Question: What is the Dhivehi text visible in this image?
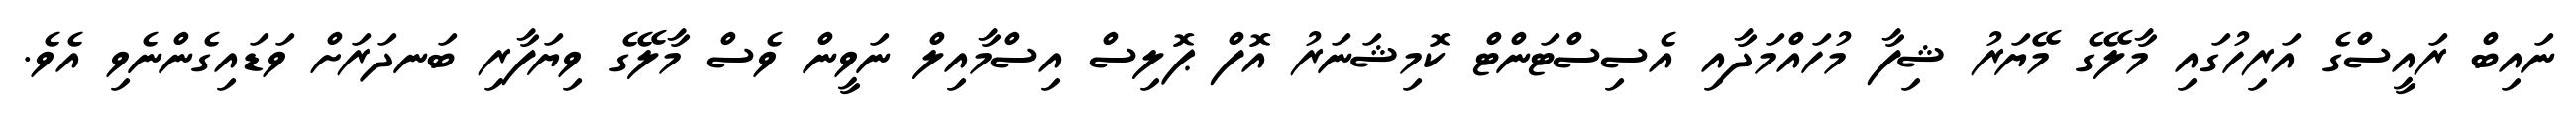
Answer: ނައިބް ރައީސްގެ އަރިހުގައި މާލޭގެ މޭޔަރު ޝިފާ މުހައްމަދާއި އެސިސްޓަންޓް ކޮމިޝަނަރު އޮފް ޕޮލިސް އިސްމާއިލް ނަވީން ވެސް މާލޭގެ ވިޔަފާރި ބަނދަރަށް ވަޑައިގެންނެވި އެވެ.